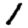
Digit: 1